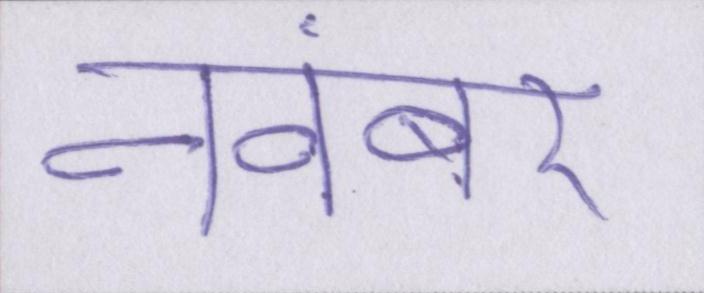
नवंबर